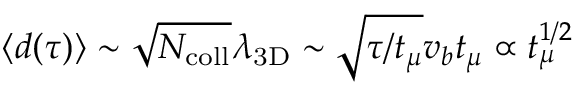
\langle d ( \tau ) \rangle \sim \sqrt { N _ { \mathrm { c o l l } } } \lambda _ { \mathrm { 3 D } } \sim \sqrt { \tau / t _ { \mu } } v _ { b } t _ { \mu } \propto t _ { \mu } ^ { 1 / 2 }